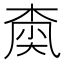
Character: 𡙚